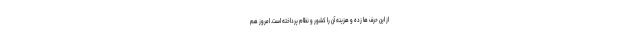
از این حرف ها زده و هزینه آن را کشور و نظام پرداخته است. امروز هم